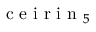
{ \mathrm { ~ c ~ e ~ i ~ r ~ i ~ n ~ } } _ { 5 }